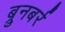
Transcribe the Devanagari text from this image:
ब्रुनबर्र